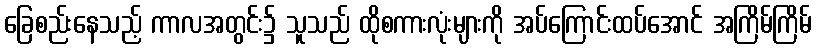
ခြေစည်းနေသည့် ကာလအတွင်း၌ သူသည် ထိုစကားလုံးများကို အပ်ကြောင်းထပ်အောင် အကြိမ်ကြိမ်